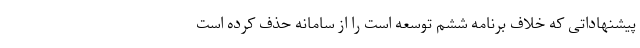
پیشنهاداتی که خلاف برنامه ششم توسعه است را از سامانه حذف کرده است